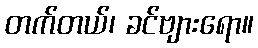
တက်တယ်၊ ခင်ဗျားရော။